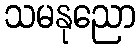
သမနုညော